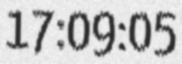
17:09:05